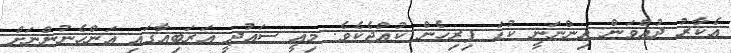
އެކާރު ދުއްވަން އިންނަނީ ކުޑަ ފިރިހެން ކުއްޖެކެވެ. މިއީ ސައުދީ އަރަބިއާގައި އަންހެނުންނަށް